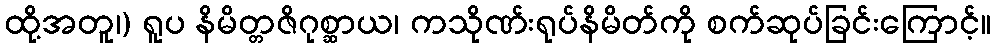
ထို့အတူ၊) ရူပ နိမိတ္တဇိဂုစ္ဆာယ၊ ကသိုဏ်းရုပ်နိမိတ်ကို စက်ဆုပ်ခြင်းကြောင့်။